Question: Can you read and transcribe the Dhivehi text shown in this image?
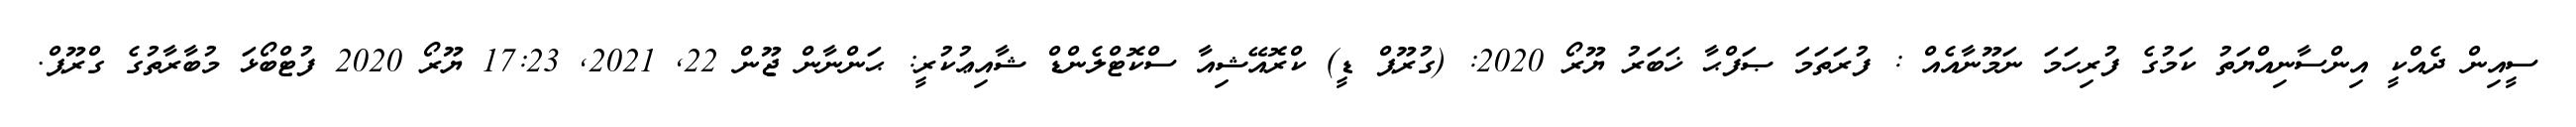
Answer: ސީއިން ދެއްކީ އިންސާނިއްޔަތު ކަމުގެ ފުރިހަމަ ނަމޫނާއެއް : ފުރަތަމަ ޞަފްޙާ ޚަބަރު ޔޫރޯ 2020: (ގުރޫޕް ޑީ) ކްރޮއޭޝިއާ ސްކޮޓްލެންޑް ޝާއިޢުކުރީ: ޙަންނާން ޖޫން 22, 2021, 17:23 ޔޫރޯ 2020 ފުޓްބޯޅަ މުބާރާތުގެ ގްރޫޕް.